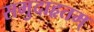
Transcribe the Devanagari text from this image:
समुदाहृतम्